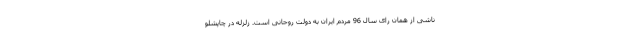
ناشی از همان رای سال 96 مردم ایران به دولت روحانی است. زلزله در چاپشلو